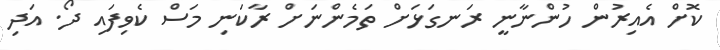
ކޮށް އެެއިރުން ހުންނާނީ ރަނގަޅަށް ތަމެންނަށް ރާކަނި މަސް ކެވިފައި ދޯ. އަދި